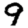
Digit: 9